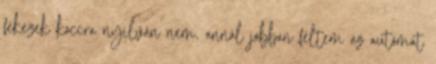
fékezek koccra nyilván nem, annál jobban féltem az autómat